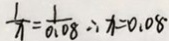
\frac { 1 } { x } = \frac { 1 } { 0 . 0 8 } \therefore x = 0 . 0 8